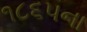
૧૮૬૫ના